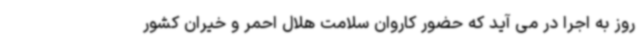
روز به اجرا در می آید که حضور کاروان سلامت هلال احمر و خیران کشور